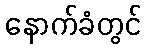
နောက်ခံတွင်